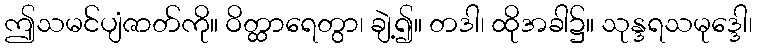
ဤသမင်ပျံဇာတ်ကို။ ဝိတ္ထာရေတွာ၊ ချဲ့၍။ တဒါ၊ ထိုအခါ၌။ သုန္ဒရသမုဒ္ဒေါ၊